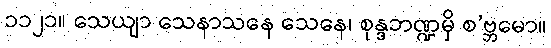
၁၁၂၁။ သေယျာ သေနာသနေ သေနေ၊ စုန္ဒဘဏ္ဍမှိ စ’ဗ္ဘမော။